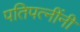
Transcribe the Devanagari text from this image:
पतिपत्नींनी